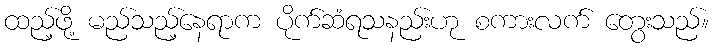
ထည့်ဖို့ မည်သည့်နေရာက ပိုက်ဆံရသနည်းဟု စကားလက် တွေးသည်။